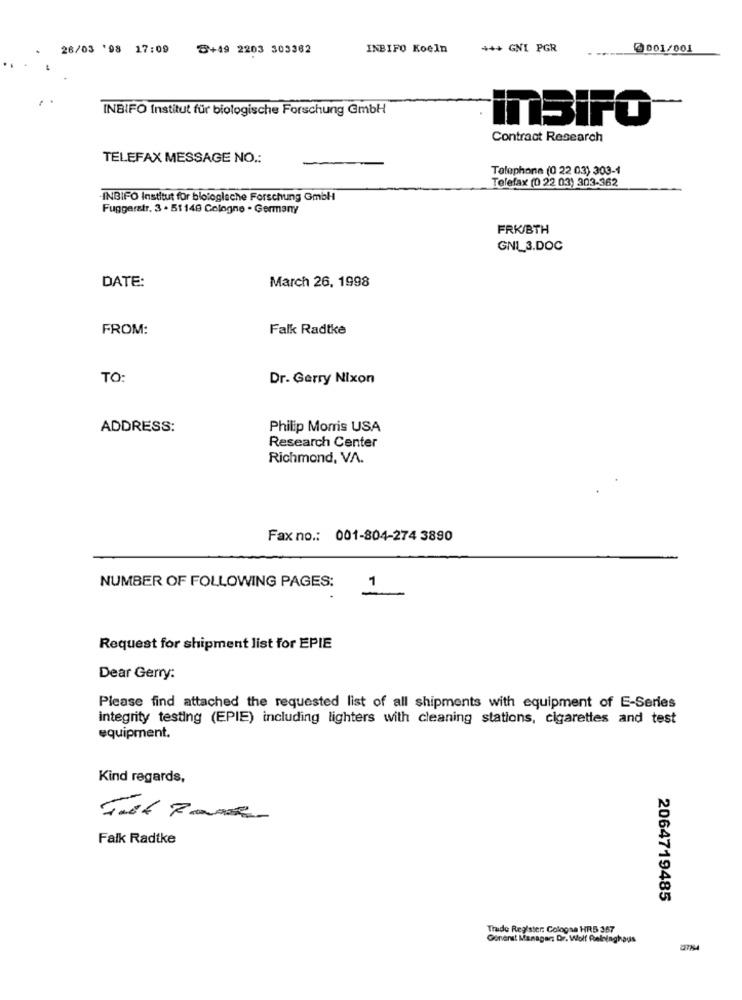
26/03 '98 17:09
8+49 2203 303362
INBIFO Koeln
+++ GNI PGR
@001/001
INBIFO Institut für biologische Forschung @mbH
InBIFO
Contract Research
TELEFAX MESSAGE NO .:
Telephone (0 22 03) 303-1
Telefax (0 22 03) 303-362
INBIFO Institut für biologische Forschung GmbH
Fuggerstr. 3 . 51148 Cologne - Germany
FRK/BTH
GNI_3.DOC
DATE:
March 26, 1998
FROM:
Falk Radtke
TO:
Dr. Gerry Nixon
ADDRESS:
Philip Morris USA
Research Center
Richmond, VA.
Fax no .: 001-804-274 3890
NUMBER OF FOLLOWING PAGES:
1
Request for shipment list for EPIE
Dear Gerry:
Please find attached the requested list of all shipments with equipment of E-Series
integrity testing (EPIE) including lighters with cleaning stations, cigarettes and test
equipment.
Kind regards,
Falk Radtke
2064719485
Trade Register. Cologna HRS 357
Gonenst Manager; Dr. Wolf Relninghaus
23714